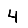
Digit: 4